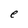
Character: e